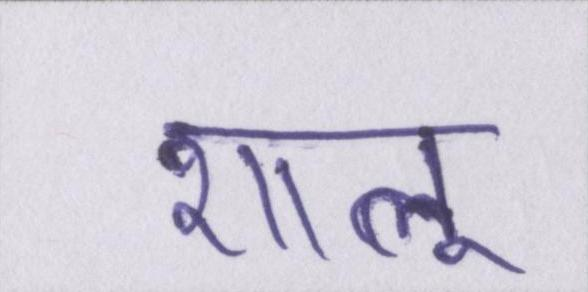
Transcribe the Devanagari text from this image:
शालू